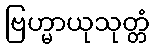
ဗြဟ္မာယုသုတ္တံ